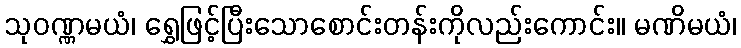
သုဝဏ္ဏမယံ၊ ရွှေဖြင့်ပြီးသောစောင်းတန်းကိုလည်းကောင်း။ မဏိမယံ၊